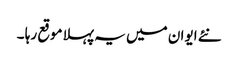
نئے ایوان میں یہ پہلا موقع رہا ۔